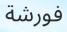
فورشة